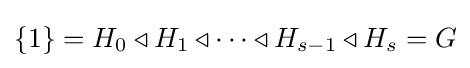
\{1\}=H_{0}\triangleleft H_{1}\triangleleft \cdots \triangleleft H_{s-1}\triangleleft H_{s}=G